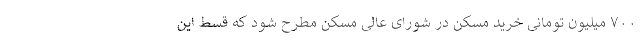
۷۰۰ میلیون تومانی خرید مسکن در شورای عالی مسکن مطرح شود که قسط این